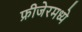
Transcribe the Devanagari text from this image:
फ्रीजेरमध्ये